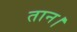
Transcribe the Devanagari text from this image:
तान।